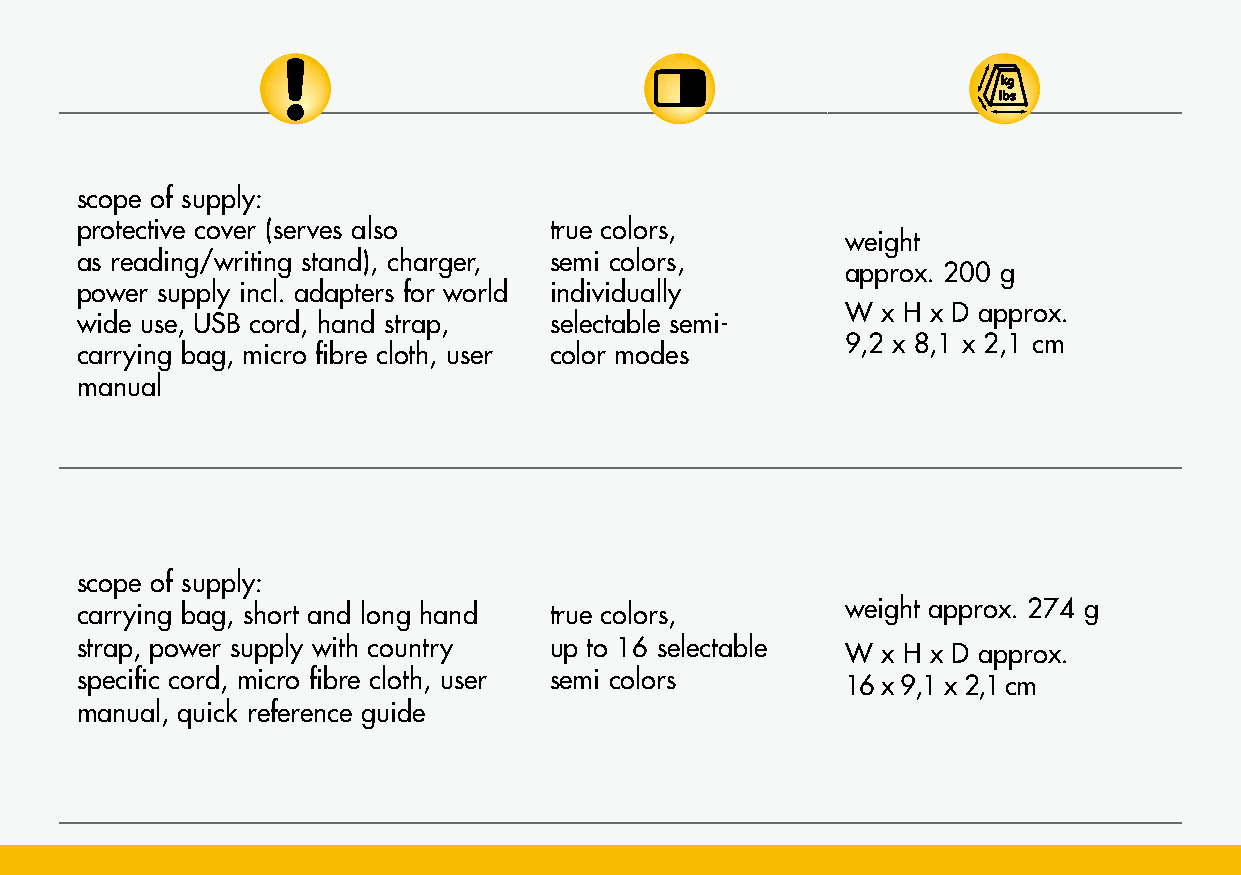
4” touch display with
 scope of supply:
 replaceable
 approx. 9 cm
 protective cover (serves also  true colors,
 approx. 1x - 28x Lithium-Polymer-battery                weight
 diagonal
 as reading/writing stand), charger, semi colors,
 approx. 200 g
 (on writing stand operating time approx.
 saves up to power supply incl. adapters for world individually
 approx. 3 h (depending on                               W x H x D approx.
 100 pictures wide use, USB cord, hand strap, selectable semi-
 2.3x - 23x) lighting), charging time                    9,2 x 8,1 x 2,1 cm
 carrying bag, micro fibre cloth, user color modes
 autofocus (can
 approx. 4 h
 manual
 be switched off)
 MANO touch4
 touch display with
 approx. 14 cm
 diagonal
 scope of supply:
 snapshot function, Lithium-Polymer-battery,
 approx. 2x-35x carrying bag, short and long hand true colors, weight approx. 274 g
 memory of approx. operating time approx.
 system resolution strap, power supply with country up to 16 selectable W x H x D approx.
 2GB; images can 3 h, charging time
 1920 x 1080 pixel specific cord, micro fibre cloth, user semi colors 16 x 9,1 x 2,1 cm
 be transferred to a approx. 2.5 h
 manual, quick reference guide
 microSD card
 MANO 6
 autofocus (can
 be switched off)